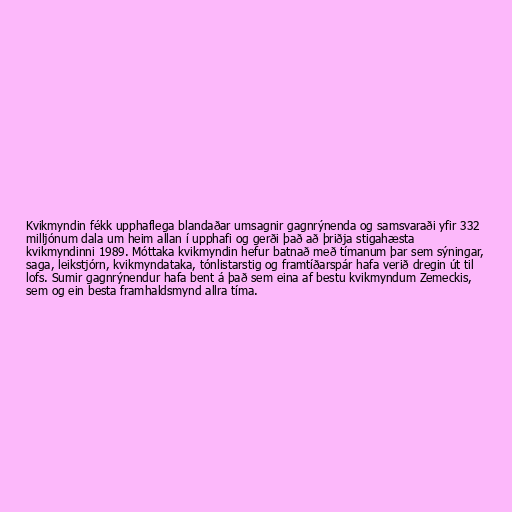
Kvikmyndin fékk upphaflega blandaðar umsagnir gagnrýnenda og samsvaraði yfir 332
milljónum dala um heim allan í upphafi og gerði það að þriðja stigahæsta
kvikmyndinni 1989. Móttaka kvikmyndin hefur batnað með tímanum þar sem sýningar,
saga, leikstjórn, kvikmyndataka, tónlistarstig og framtíðarspár hafa verið dregin út til
lofs. Sumir gagnrýnendur hafa bent á það sem eina af bestu kvikmyndum Zemeckis,
sem og ein besta framhaldsmynd allra tíma.